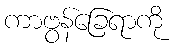
ကာဗွန်ခြေရာကို